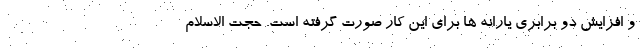
و افزایش دو برابری یارانه ها برای این کار صورت گرفته است. حجت الاسلام